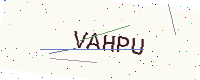
Text: VAHPU